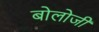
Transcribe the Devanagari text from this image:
बोलोजी